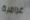
غرامية